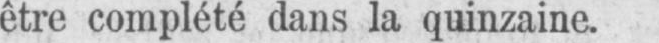
être complété dans la quinzaine.